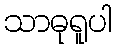
သာဓုရူပါ